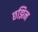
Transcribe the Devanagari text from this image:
छझिन